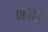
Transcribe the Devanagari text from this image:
प्राण्यिों